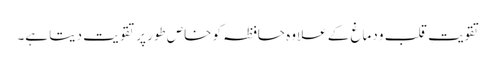
تقویتِ قلب و دماغ کے علاوہ حافظہ کو خاص طور پر تقویت دیتا ہے۔